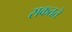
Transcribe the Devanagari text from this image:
सकतते